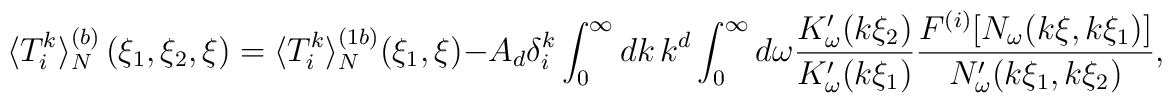
\langle T_{i}^{k}\rangle ^{(b)}_N\left( \xi _{1},\xi _{2},\xi\right) =\langle T_{i}^{k}\rangle ^{(1b)}_N(\xi _{1},\xi)-A_d\delta _{i}^{k}\int_{0}^{\infty }dk\,k^{d}\int_{0}^{\infty}d\omega \frac{K'_{\omega }(k\xi _{2})}{K'_{\omega }(k\xi_{1})}\frac{F^{(i)}[N_{\omega }(k\xi ,k\xi _{1})]}{N'_{\omega}(k\xi _{1},k\xi _{2})},